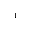
^ { 1 }